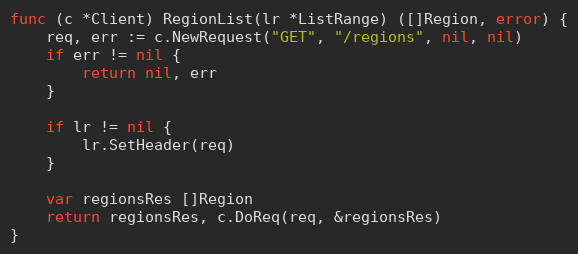
Language: Go
func (c *Client) RegionList(lr *ListRange) ([]Region, error) {
	req, err := c.NewRequest("GET", "/regions", nil, nil)
	if err != nil {
		return nil, err
	}

	if lr != nil {
		lr.SetHeader(req)
	}

	var regionsRes []Region
	return regionsRes, c.DoReq(req, &regionsRes)
}